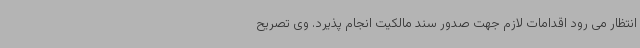
انتظار می رود اقدامات لازم جهت صدور سند مالکیت انجام پذیرد. وی تصریح